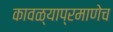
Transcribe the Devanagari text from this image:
कावळ्याप्रमाणेच